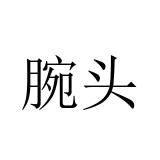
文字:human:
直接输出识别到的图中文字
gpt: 腕头